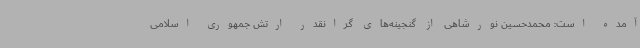
آمده است: محمدحسین نورشاهی از گنجینه‌های گرانقدر ارتش جمهوری اسلامی